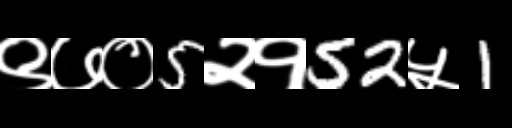
Text: ९७०5२१52५1